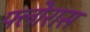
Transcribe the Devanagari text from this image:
फ्लोरास